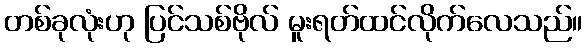
တစ်ခုလုံးဟု ပြင်သစ်ဗိုလ် မူးရတ်ထင်လိုက်လေသည်။